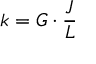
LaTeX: k = G \cdot { \frac { J } { L } }